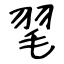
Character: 毣